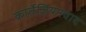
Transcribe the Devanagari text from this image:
कार्तेज़ियनवाद